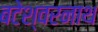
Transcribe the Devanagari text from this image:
बटेश्वरनाथ